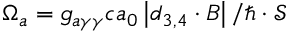
\Omega _ { a } = g _ { a \gamma \gamma } c a _ { 0 } \left| \boldsymbol d _ { 3 , 4 } \cdot \boldsymbol B \right| / \hbar \cdot \mathcal S